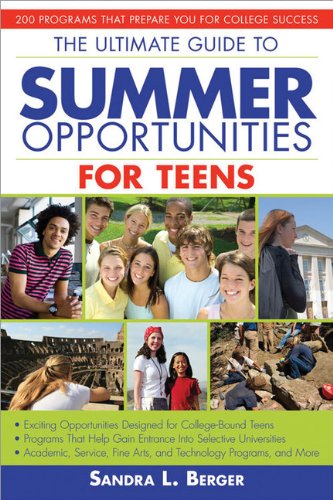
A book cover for Ultimate Guide to Summer Opportunities for Teens: 200 Programs That Prepare You for College Success; Sandra Berger; Teen & Young Adult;